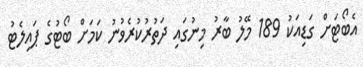
އެބޯޓަށް ގަޑިއަކު 189 މޭލު ބާރު މިނުގައި ދަތުރުކުރެވުނު ކަމަށް ބޯޓުގެ ޕައިލެޓު